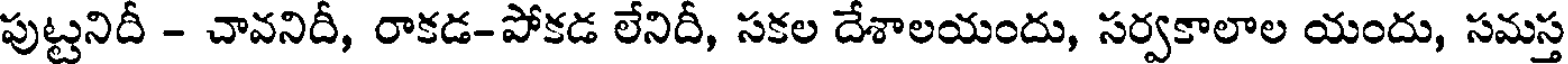
పుట్టనిదీ - చావనిదీ, రాకడ-పోకడ లేనిదీ, సకల దేశాలయందు, సర్వకాలాల యందు, సమస్త